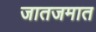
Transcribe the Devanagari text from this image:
जातजमात